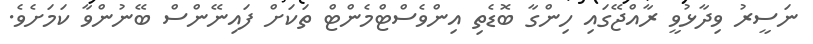
ނަސީރު ވިދާޅުވީ ރާއްޖޭގައި ހިންގާ ބޮޑެތި އިންވެސްޓްމެންޓް ތަކަށް ފައިނޭންސް ބޭނުންވާ ކަމަށެވެ.